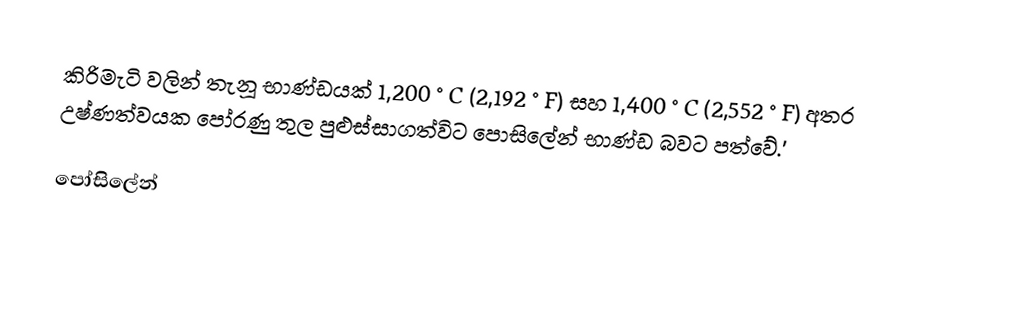
කිරිමැටි  වලින් තැනූ භාණ්ඩයක් 1,200 °C (2,192 °F) සහ 1,400 °C (2,552 °F) අතර උෂ්ණත්වයක පෝරණු තුල පුළුස්සාගත්විට පොසිලේන් භාණ්ඩ බවට පත්වේ.'

පෝසිලේන්